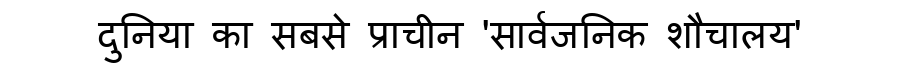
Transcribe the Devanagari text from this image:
दुनिया का सबसे प्राचीन 'सार्वजनिक शौचालय'